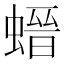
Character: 𧎽